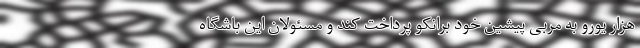
هزار یورو به مربی پیشین خود برانکو پرداخت کند و مسئولان این باشگاه